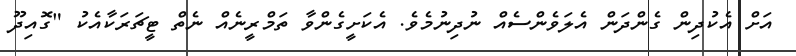
އަށް އެކުދިން ގެންދަން އެލަވެންސެއް ނުދިނުމެވެ. އެކަށީގެންވާ ތަމްރީނެއް ނެތް ޓީޗަރަކާއެކު "ގޮއިދޫ